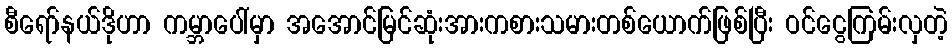
စီရော်နယ်ဒိုဟာ ကမ္ဘာပေါ်မှာ အအောင်မြင်ဆုံးအားကစားသမားတစ်ယောက်ဖြစ်ပြီး ဝင်ငွေကြမ်းလှတဲ့